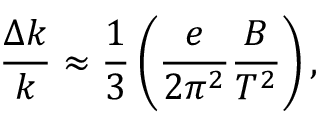
\frac { \Delta k } { k } \approx \frac { 1 } { 3 } \left( \frac { e } { 2 \pi ^ { 2 } } \frac { B } { T ^ { 2 } } \right) ,